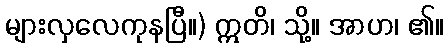
များလှလေကုနပြီ။) ဣတိ၊ သို့။ အာဟ၊ ၏။